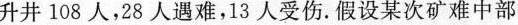
升井108人，28人遇难，13人受伤。假设某次矿难中部